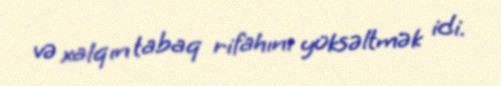
və xalqın tabaq rifahını yüksəltmək idi.